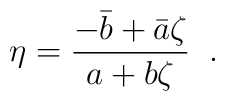
\eta=\frac{-\bar{b}+\bar{a}\zeta}{a+b\zeta}\;\;.